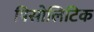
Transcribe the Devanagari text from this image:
पिसोलिटिक